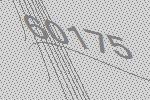
60175